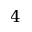
4